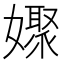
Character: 𡣞